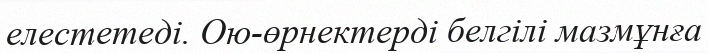
елестетеді. Ою-өрнектерді белгілі мазмұнға